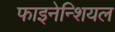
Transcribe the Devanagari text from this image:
फाइनेन्शियल